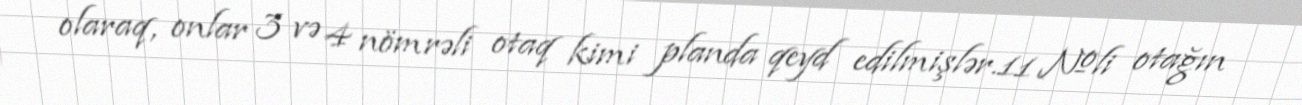
olaraq, onlar 3 və 4 nömrəli otaq kimi planda qeyd edilmişlər.11 №li otağın